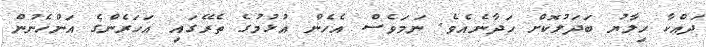
ދައްކާ ހިލާޔު ބަދަލުކޮށް ހަދާނެއެވެ. ނަމަވެސް އެހެން އުޅުމުގެ ތެރޭގައި އަހަރެންގެ އަންހެނުން